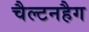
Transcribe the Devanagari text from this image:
चैल्टनहैग